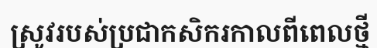
ស្រូវរបស់ប្រជាកសិករកាលពីពេលថ្មី